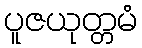
ပူဇယုတ္တမံ